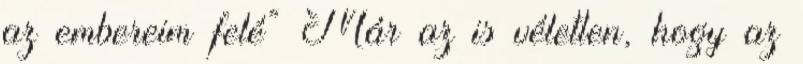
az embereim felé” Már az is véletlen, hogy az